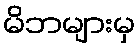
မိဘများမှ